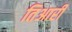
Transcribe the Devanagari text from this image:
तिआरी